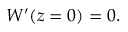
W ^ { \prime } ( z = 0 ) = 0 .